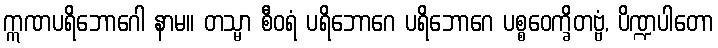
ဣဏပရိဘောဂေါ နာမ။ တသ္မာ စီဝရံ ပရိဘောဂေ ပရိဘောဂေ ပစ္စဝေက္ခိတဗ္ဗံ, ပိဏ္ဍပါတော